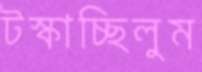
টস্‌কাচ্ছিলুম